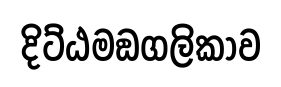
දිට්ඨමඞගලිකාව